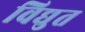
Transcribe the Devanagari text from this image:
विद्युत